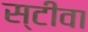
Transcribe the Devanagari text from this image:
स्टीवा